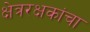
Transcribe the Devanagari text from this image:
क्षेत्ररक्षकांचा